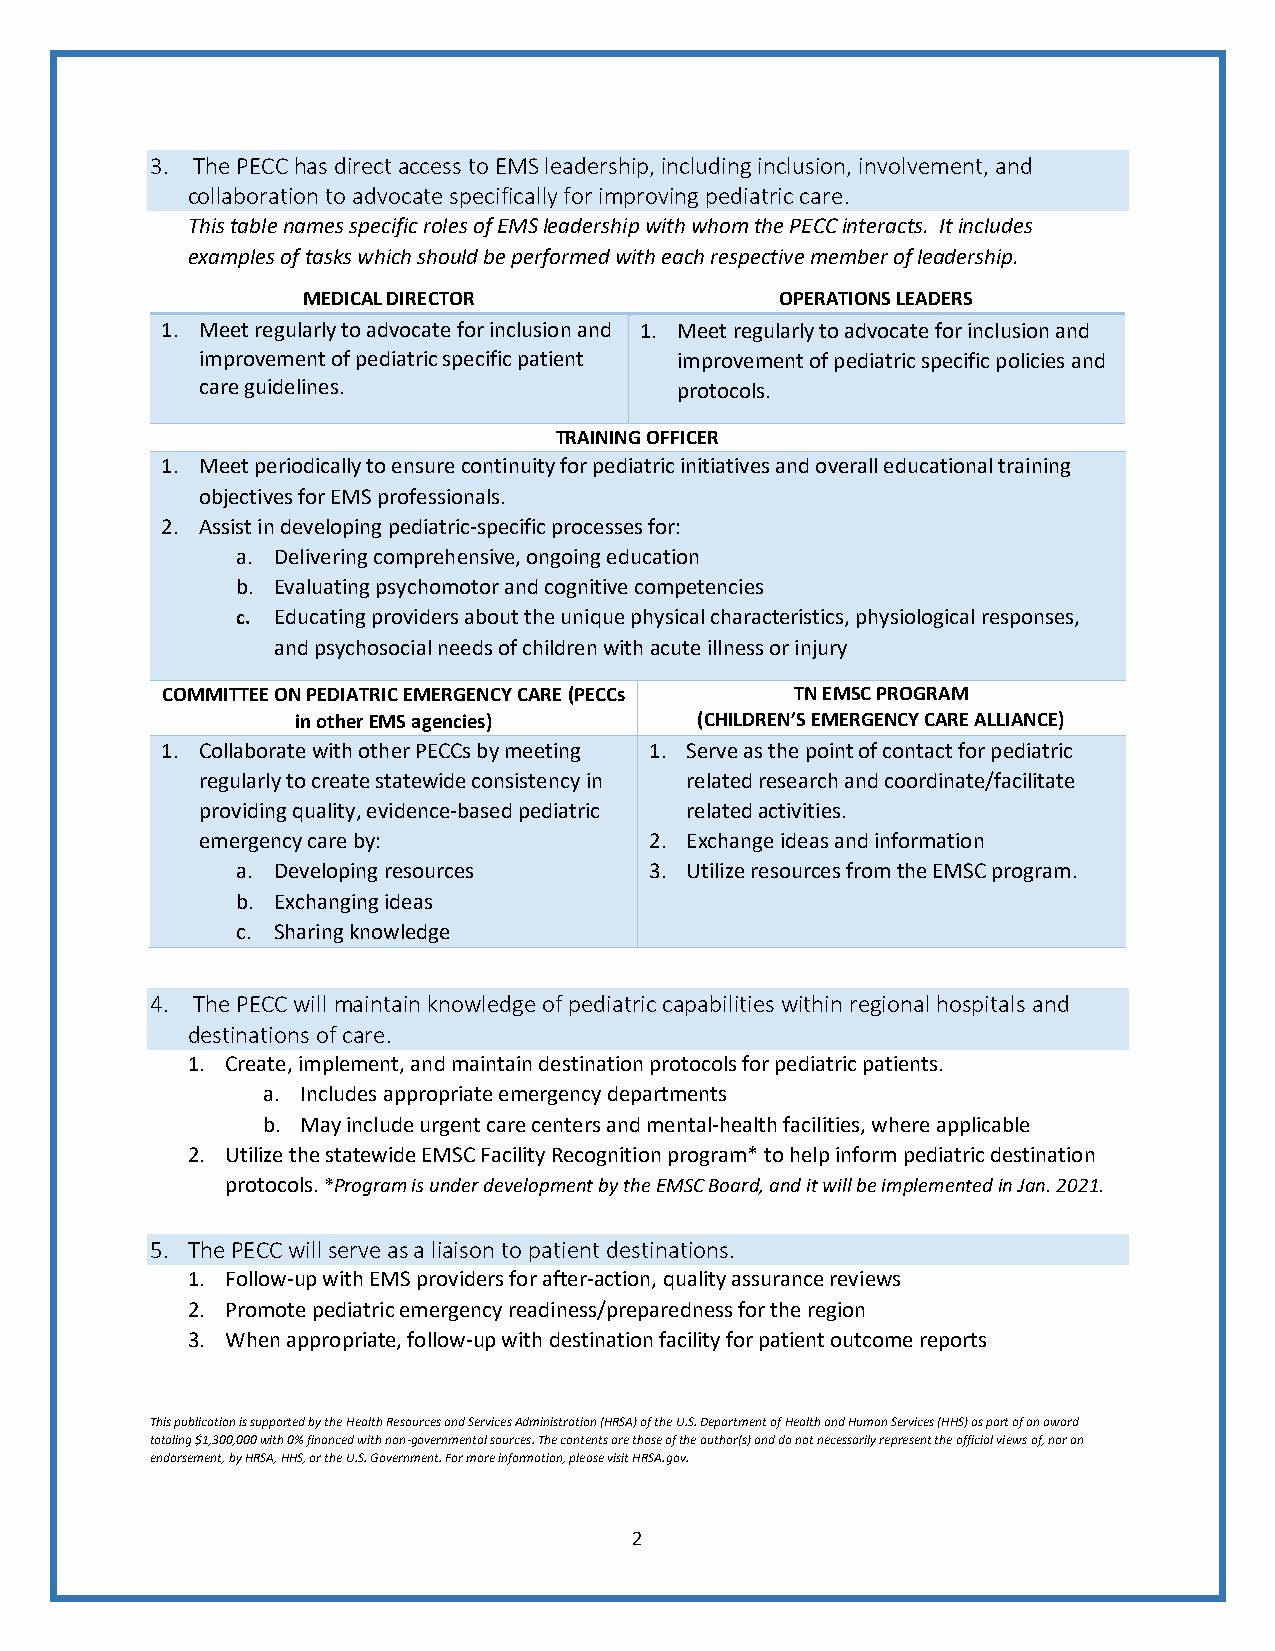
3. The PECC has direct access to EMS leadership, including inclusion, involvement, and
 collaboration to advocate specifically for improving pediatric care.
 This table names specific roles of EMS leadership with whom the PECC interacts. It includes
 examples of tasks which should be performed with each respective member of leadership.
 MEDICAL DIRECTOR                OPERATIONS LEADERS
 1. Meet regularly to advocate for inclusion and 1. Meet regularly to advocate for inclusion and
 improvement of pediatric specific patient improvement of pediatric specific policies and
 care guidelines.                protocols.
 TRAINING OFFICER
 1. Meet periodically to ensure continuity for pediatric initiatives and overall educational training
 objectives for EMS professionals.
 2. Assist in developing pediatric-specific processes for:
 a. Delivering comprehensive, ongoing education
 b. Evaluating psychomotor and cognitive competencies
 c. Educating providers about the unique physical characteristics, physiological responses,
 and psychosocial needs of children with acute illness or injury
 COMMITTEE ON PEDIATRIC EMERGENCY CARE (PECCs TN EMSC PROGRAM
 in other EMS agencies)    (CHILDREN’S EMERGENCY CARE ALLIANCE)
 1. Collaborate with other PECCs by meeting 1. Serve as the point of contact for pediatric
 regularly to create statewide consistency in related research and coordinate/facilitate
 providing quality, evidence-based pediatric related activities.
 emergency care by:            2. Exchange ideas and information
 a. Developing resources    3. Utilize resources from the EMSC program.
 b. Exchanging ideas
 c. Sharing knowledge
 4. The PECC will maintain knowledge of pediatric capabilities within regional hospitals and
 destinations of care.
 1. Create, implement, and maintain destination protocols for pediatric patients.
 a. Includes appropriate emergency departments
 b. May include urgent care centers and mental-health facilities, where applicable
 2. Utilize the statewide EMSC Facility Recognition program* to help inform pediatric destination
 protocols. *Program is under development by the EMSC Board, and it will be implemented in Jan. 2021.
 5. The PECC will serve as a liaison to patient destinations.
 1. Follow-up with EMS providers for after-action, quality assurance reviews
 2. Promote pediatric emergency readiness/preparedness for the region
 3. When appropriate, follow-up with destination facility for patient outcome reports
 This publication is supported by the Health Resources and Services Administration (HRSA) of the U.S. Department of Health and Human Services (HHS) as part of an award
 totaling $1,300,000 with 0% financed with non-governmental sources. The contents are those of the author(s) and do not necessarily represent the official views of, nor an
 endorsement, by HRSA, HHS, or the U.S. Government. For more information, please visit HRSA.gov.
 2